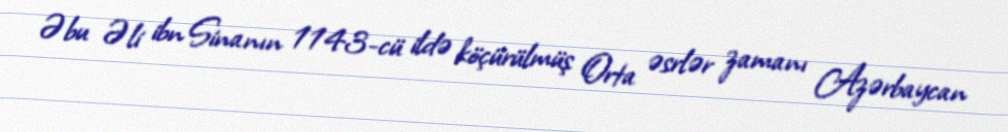
Əbu Əli ibn Sinanın 1143-cü ildə köçürülmüş Orta əsrlər zamanı Azərbaycan